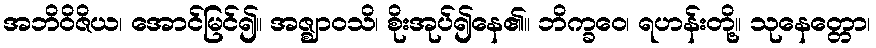
အဘိဝိဇိယ၊ အောင်မြင်၍။ အဇ္ဈာဝသိ၊ စိုးအုပ်၍နေ၏။ ဘိက္ခဝေ၊ ရဟန်းတို့။ သုနေတ္တော၊